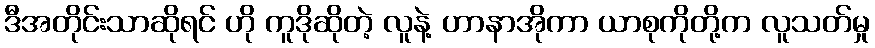
ဒီအတိုင်းသာဆိုရင် ဟို ကူဒိုဆိုတဲ့ လူနဲ့ ဟာနာအိုကာ ယာစုကိုတို့က လူသတ်မှု